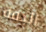
الدقة